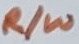
Text: R/W